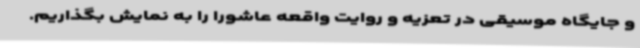
و جایگاه موسیقی در تعزیه و روایت واقعه عاشورا را به نمایش بگذاریم.